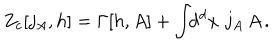
LaTeX: Z _ { c } [ j _ { A } , h ] = \Gamma [ h , A ] + \int \! \! \mathrm { d } ^ { d } x \, \, j _ { A } \, A \, .